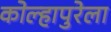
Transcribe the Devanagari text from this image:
कोल्हापुरेला